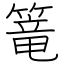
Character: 篭